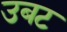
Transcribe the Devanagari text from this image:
उबट